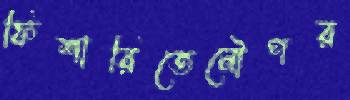
ফিশারিতেনৌপর